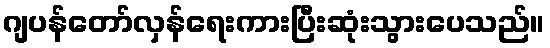
ဂျပန်တော်လှန်ရေးကားပြီးဆုံးသွားပေသည်။